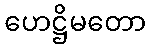
ဟေဋ္ဌိမတော